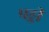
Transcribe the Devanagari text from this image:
पड्डी